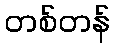
တစ်တန်